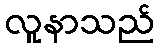
လူနာသည်